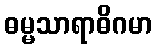
ဓမ္မသာရာဓိဂမာ